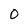
Character: O